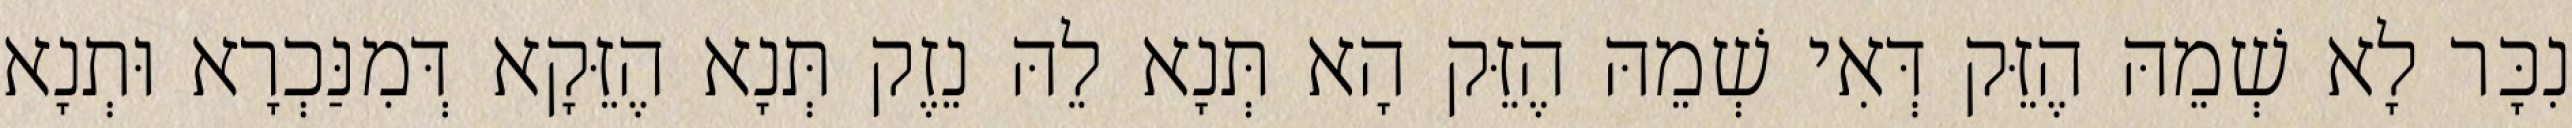
נִכָּר לָא שְׁמֵהּ הֶזֵּק דְּאִי שְׁמֵהּ הֶזֵּק הָא תְּנָא לֵהּ נֵזֶק תְּנָא הֶזֵּקָא דְּמִנַּכְרָא וּתְנָא